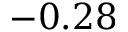
- 0 . 2 8